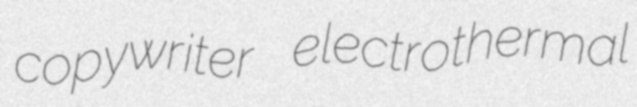
copywriter electrothermal